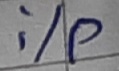
Text: i/p